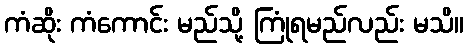
ကံဆိုး ကံကောင်း မည်သို့ ကြုံရမည်လည်း မသိ။